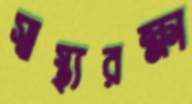
স্বাস্থ্যরক্ষা